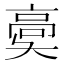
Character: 𩫀